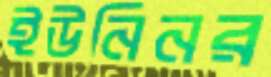
ইউনিনর